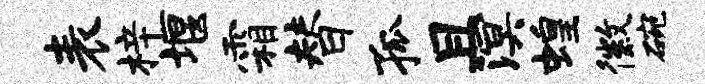
表梓堰霜替孤且溟蝗徽碗